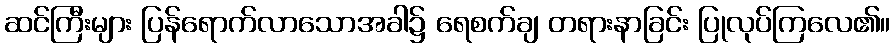
ဆင်ကြီးများ ပြန်ရောက်လာသောအခါ၌ ရေစက်ချ တရားနာခြင်း ပြုလုပ်ကြလေ၏။